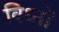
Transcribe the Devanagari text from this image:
विध्नों